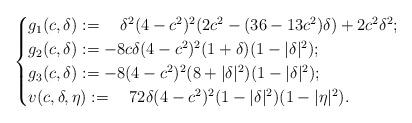
LaTeX: \begin{align*}\begin{cases}g_1(c,\delta):=\quad\delta^2(4-c^2)^2(2c^2-(36-13c^2)\delta)+2c^2\delta^2;\\g_2(c,\delta):=-8c\delta(4-c^2)^2(1+\delta)(1-|\delta|^2);\\g_3(c,\delta):=-8(4-c^2)^2(8+|\delta|^2)(1-|\delta|^2);\\v(c,\delta,\eta):=\quad72\delta(4-c^2)^2(1-|\delta|^2)(1-|\eta|^2).\end{cases}\end{align*}